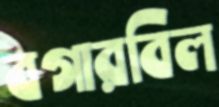
বগারবিল